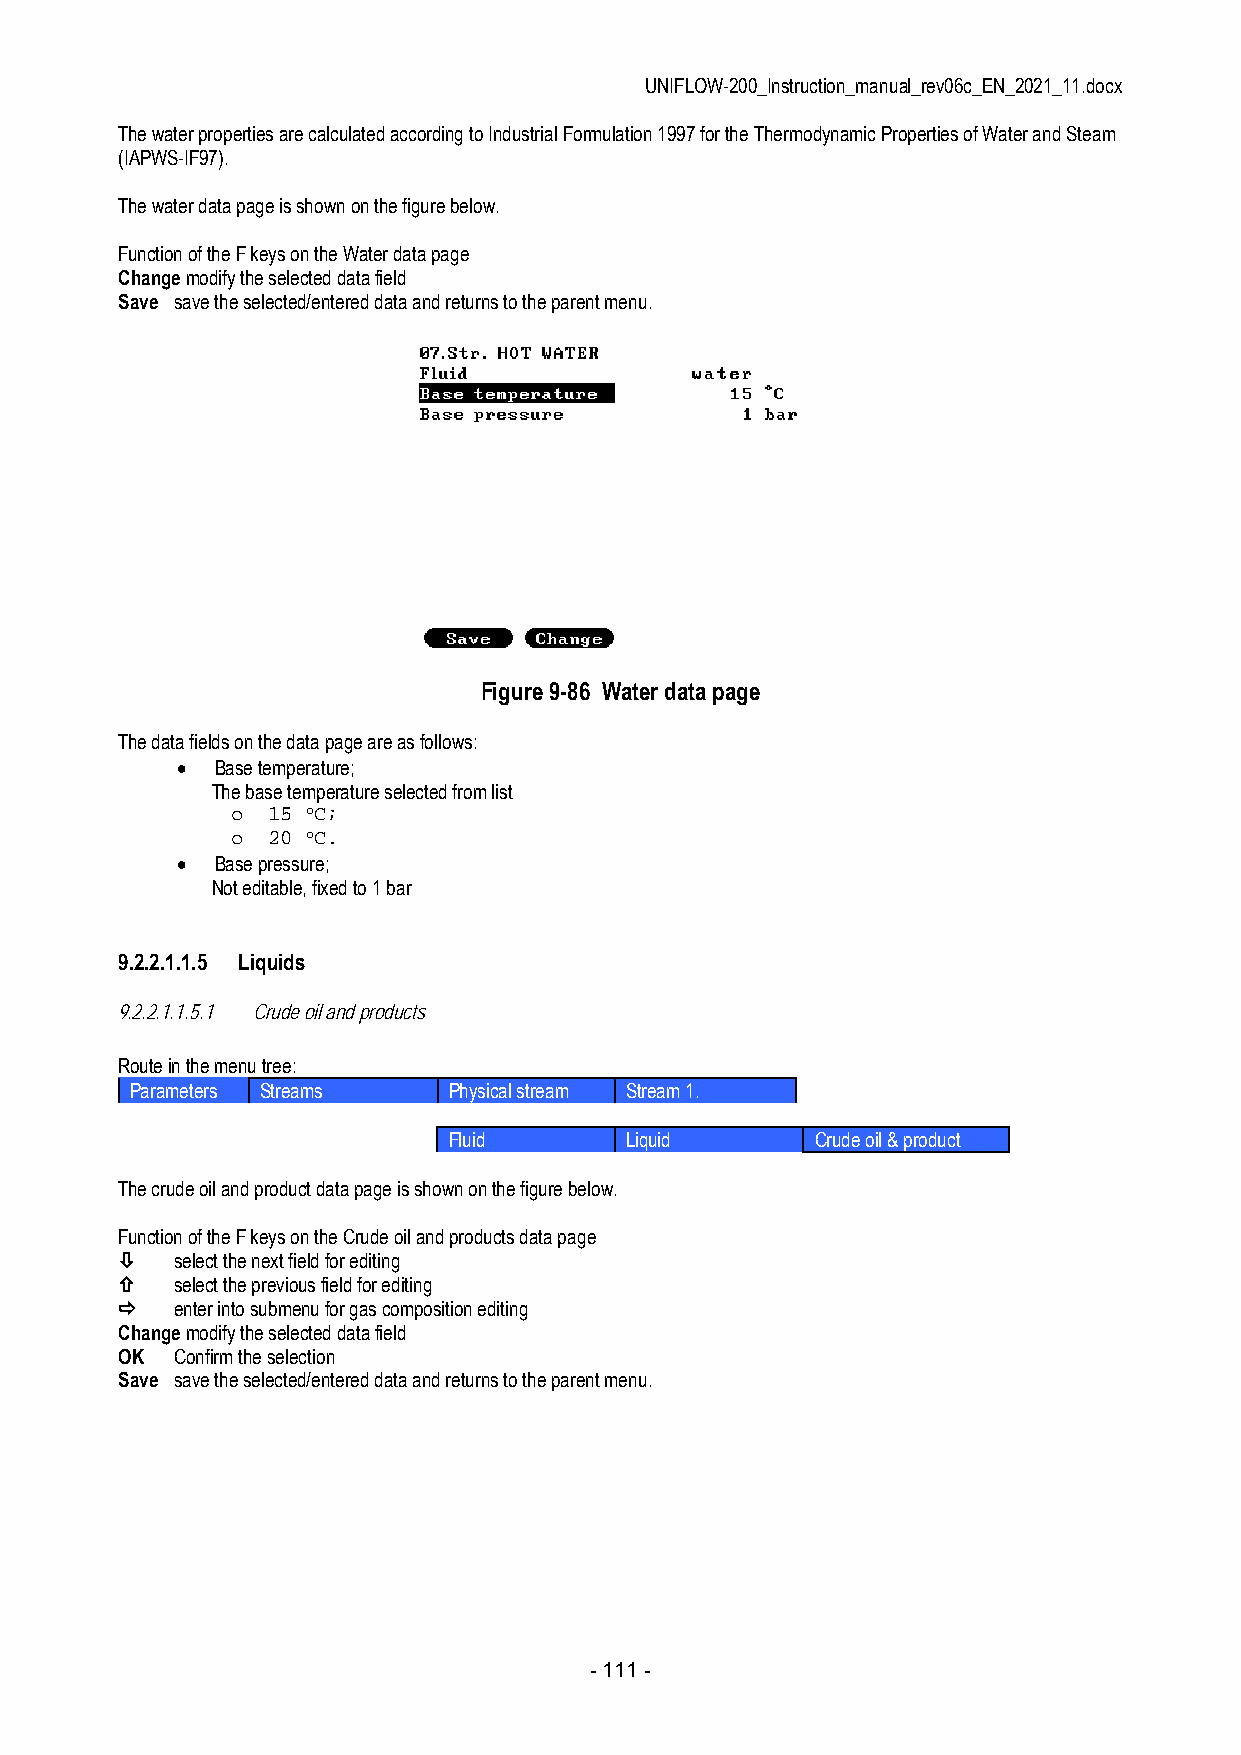
UNIFLOW-200_Instruction_manual_rev06c_EN_2021_11.docx
 The water properties are calculated according to Industrial Formulation 1997 for the Thermodynamic Properties of Water and Steam
 (IAPWS-IF97).
 The water data page is shown on the figure below.
 Function of the F keys on the Water data page
 Change modify the selected data field
 Save save the selected/entered data and returns to the parent menu.
 Figure 9-86 Water data page
 The data fields on the data page are as follows:
  Base temperature;
 The base temperature selected from list
 o  15 oC;
 o  20 oC.
  Base pressure;
 Not editable, fixed to 1 bar
 9.2.2.1.1.5 Liquids
 9.2.2.1.1.5.1 Crude oil and products
 Route in the menu tree:
 Parameters Streams   Physical stream Stream 1.
 Fluid      Liquid       Crude oil & product
 The crude oil and product data page is shown on the figure below.
 Function of the F keys on the Crude oil and products data page
    select the next field for editing
    select the previous field for editing
    enter into submenu for gas composition editing
 Change modify the selected data field
 OK  Confirm the selection
 Save save the selected/entered data and returns to the parent menu.
 - 111 -